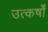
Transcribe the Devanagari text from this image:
उत्कर्षों